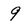
Character: 9